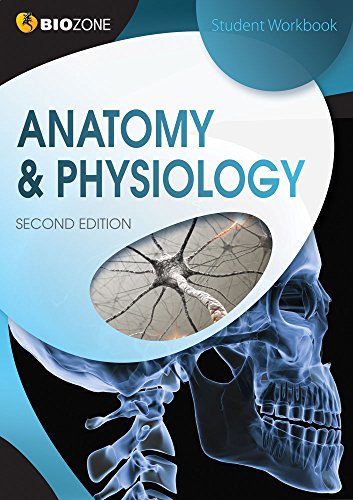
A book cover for Anatomy & Physiology Student Workbook; Tracey Greenwood; Children's Books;